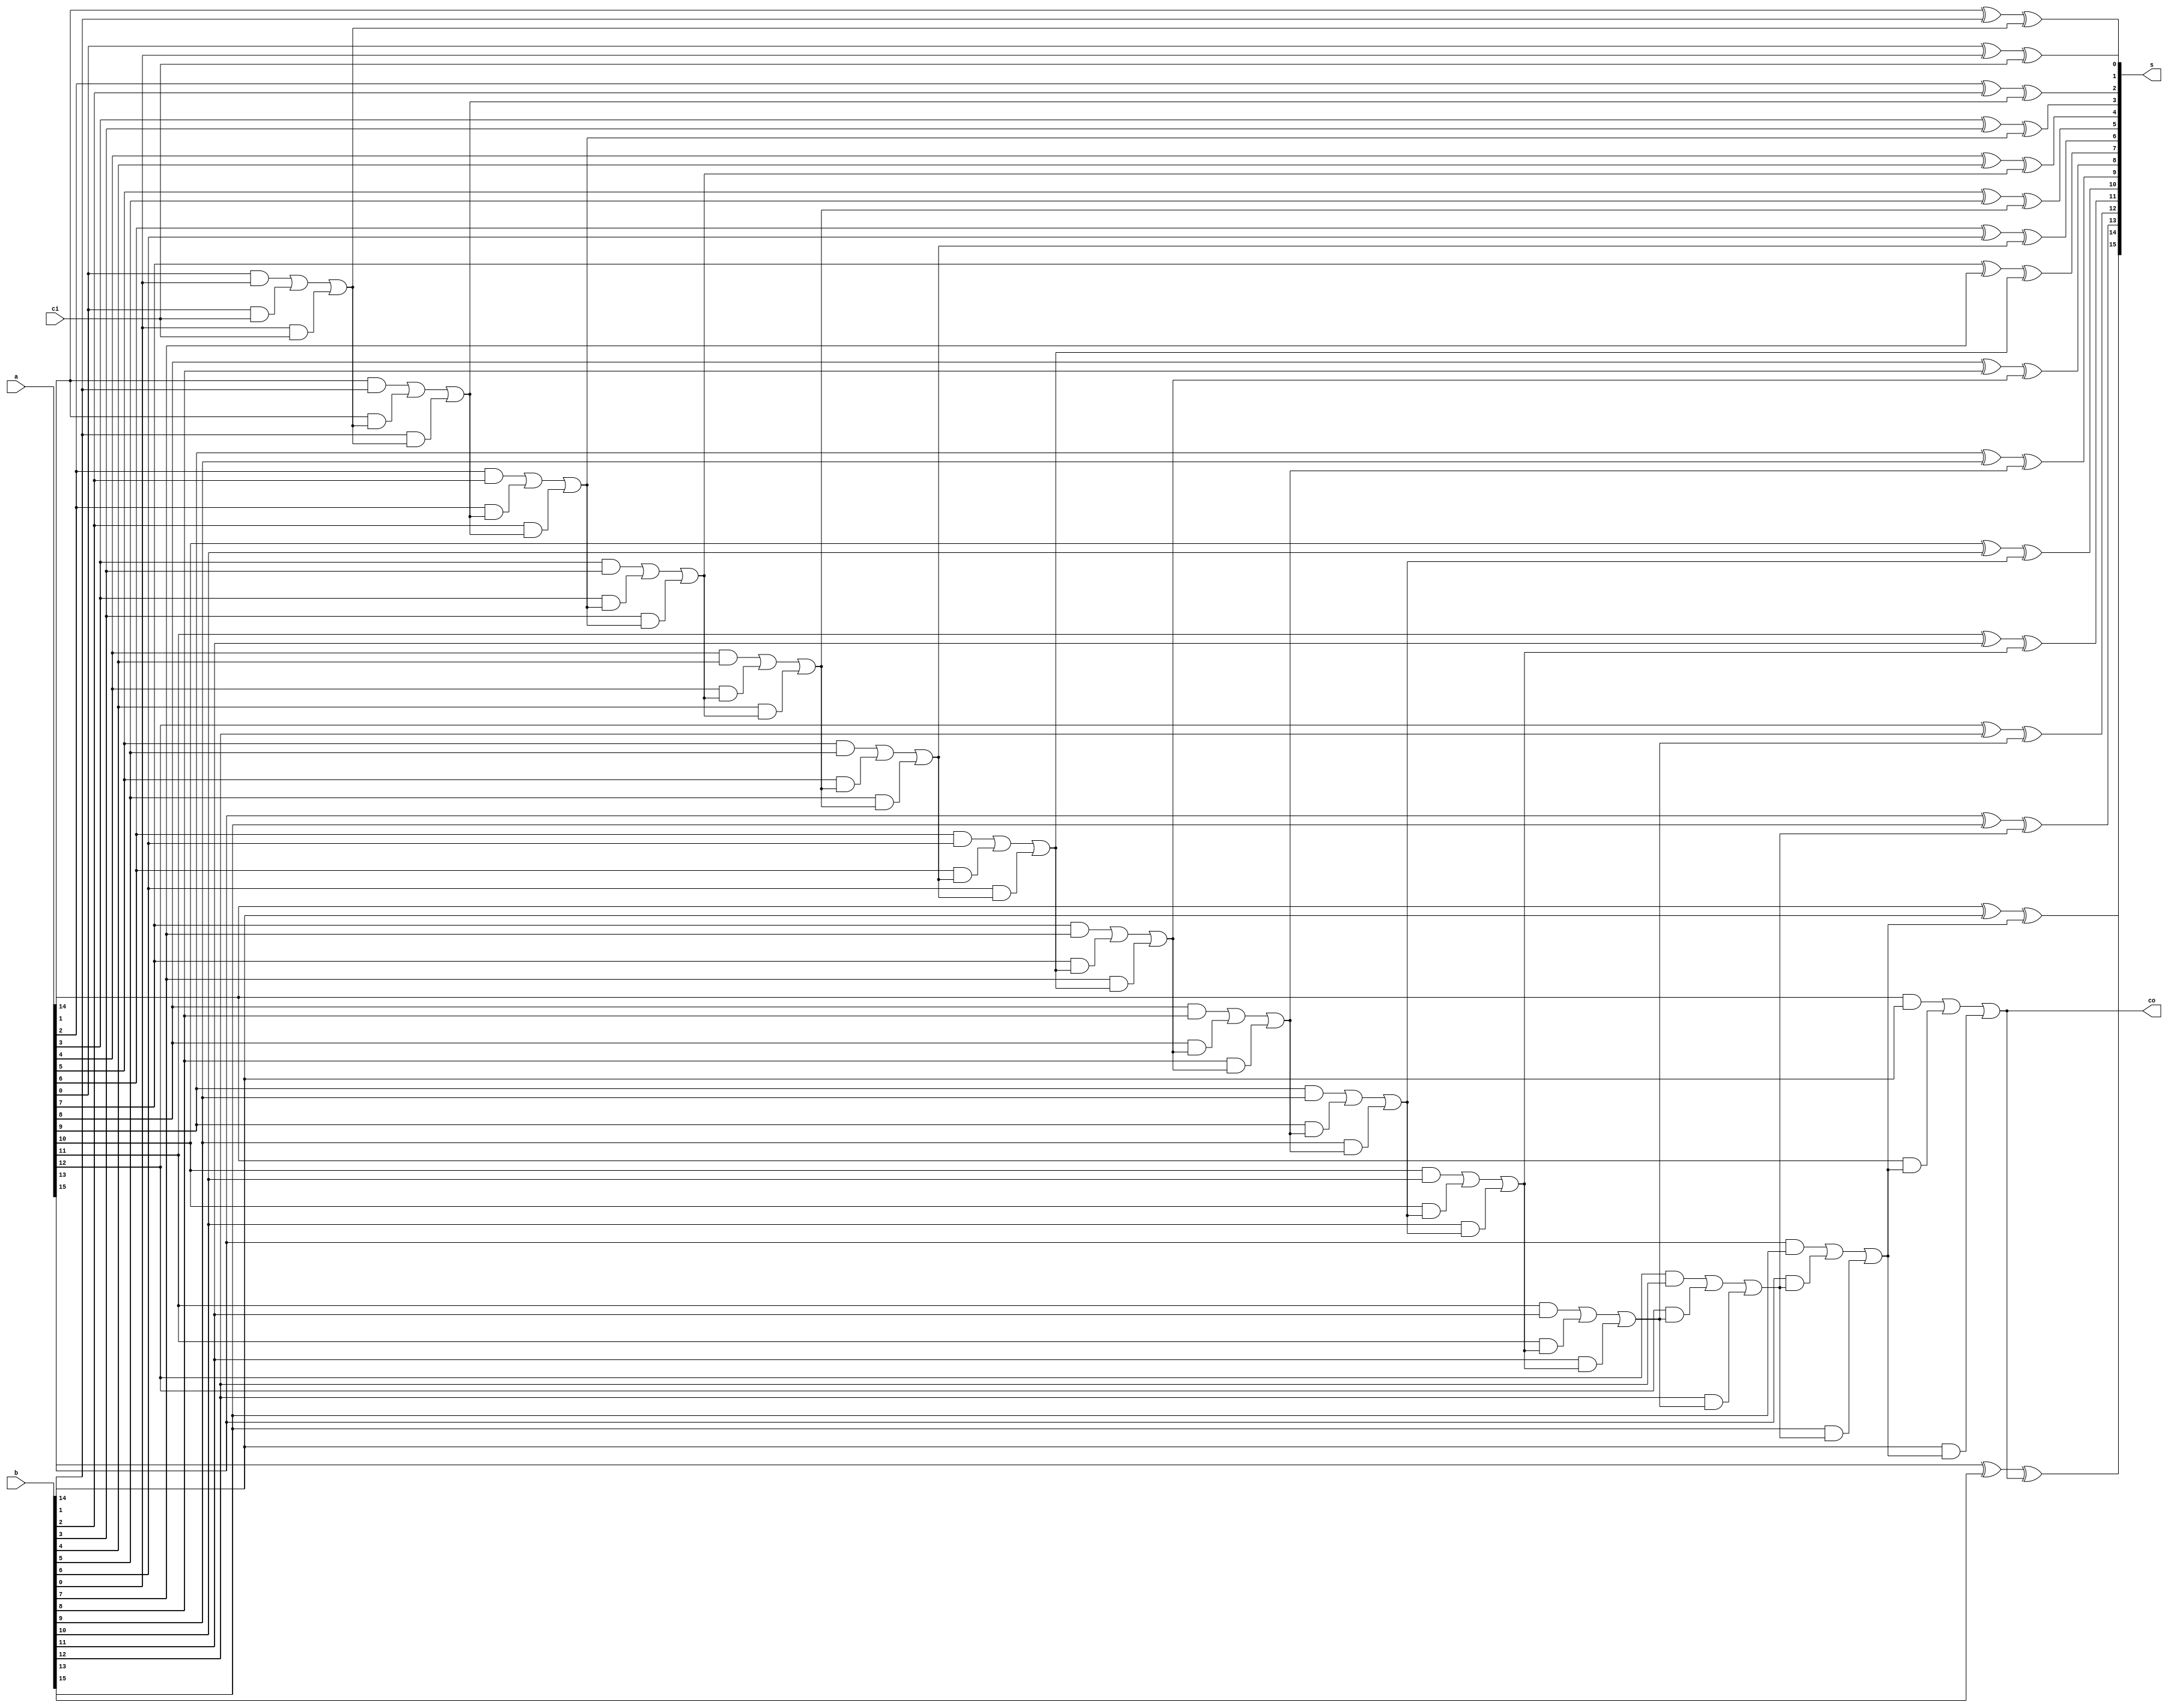
module fa16(a, b, ci, s, co);
parameter n=16;
input [n-1:0] a, b;
input ci;
output [n-1:0] s;
output co;
wire [n-1:0] c;
assign c[0] = ci;
genvar i;
generate
    for (i = 0; i < n-1; i = i + 1) begin: adder
        assign s[i] = a[i] ^ b[i] ^ c[i];
        assign c[i+1] = (a[i] & b[i]) | (a[i] & c[i]) | (b[i] & c[i]);
    end
endgenerate
assign s[n-1] = a[n-1] ^ b[n-1] ^ c[n-1];
assign co = c[n-1];
endmodule